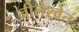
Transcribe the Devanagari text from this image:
नीलेश्वेत